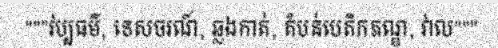
"""វប្បធម៌, ទេសចរណ៍, ឆ្លងកាត់, តំបន់បេតិកភណ្ឌ, វាល"""